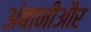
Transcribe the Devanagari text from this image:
अंबानीऔर